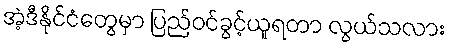
အဲ့ဒီနိုင်ငံတွေမှာ ပြည်ဝင်ခွင့်ယူရတာ လွယ်သလား